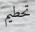
تحطيم